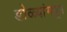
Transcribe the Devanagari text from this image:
डोळ्यांमधून